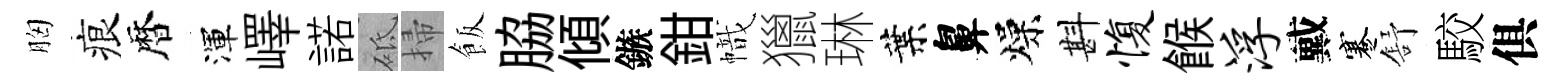
胸痕暦渾嶧諾砥掃飯脇傾鏃鉗幟獵琳葉鼻燥斟愎餱浮戴蹇舒駮俱